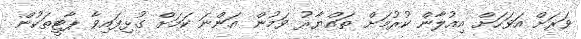
ވަރަށް އަވަހަށް އިއުލާން ކުރުމަށް ތައްޔާރު ވަމުން އަންނަ ކަމަށް ގުޅިފައިވާ ޕާޓީތަކުން